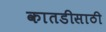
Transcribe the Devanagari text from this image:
कातडीसाठी